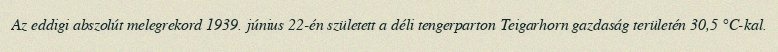
Az eddigi abszolút melegrekord 1939. június 22-én született a déli tengerparton Teigarhorn gazdaság területén 30,5 °C-kal.